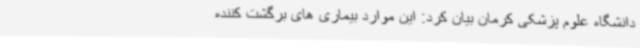
دانشگاه علوم پزشکی کرمان بیان کرد: این موارد بیماری های برگشت کننده